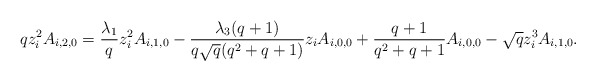
\begin{align*}qz_i^2A_{i,2,0}=\frac{\lambda_1}{q}z_i^2A_{i,1,0}-\frac{\lambda_3(q+1)}{q\sqrt{q}(q^2+q+1)}z_iA_{i,0,0}+\frac{q+1}{q^2+q+1}A_{i,0,0}-\sqrt{q}z_i^3A_{i,1,0}.\end{align*}